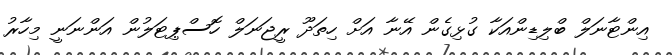
އިންޓާނަލް ބްލިޑިންއަކާ ގުޅިގެން އޭނާ އަށް ހިތަދޫ ރީޖަނަލް ހޮސްޕިޓަލުން އަންނަނީ މިހާރު